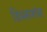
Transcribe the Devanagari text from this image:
डिस्कशंस